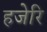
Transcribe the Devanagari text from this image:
हजेरि